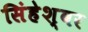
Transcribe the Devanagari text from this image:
सिंहेश्वर